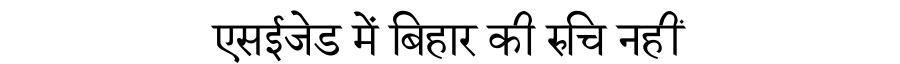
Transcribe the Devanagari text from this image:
एसईजेड में बिहार की रुचि नहीं